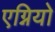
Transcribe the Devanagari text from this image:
एग्नियो